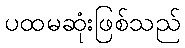
ပထမဆုံးဖြစ်သည်